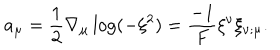
LaTeX: a _ { \mu } = \frac { 1 } { 2 } \nabla _ { \mu } \log ( - \xi ^ { 2 } ) = \frac { - 1 } { F } \xi ^ { \nu } \xi _ { \nu ; \mu } .